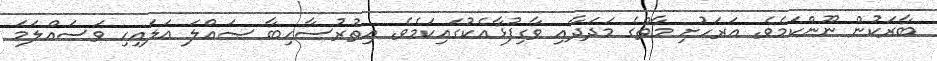
ބާރަކުން ނޫންކަމެވެ. އަރަހުށި މާތްގެ މަދަދާއި ވާގިފުޅާއެކުގައިކަމެވެ. އިތުރުސާހިބާ ޞައްލަ ޢަލައިހި ވަސައްލަމަ